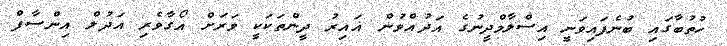
ހުތުބާގައި ބުނެފައިވަނީ އިސްލާމްދީނުގެ އަދުއްވުން ޣައިރު ދީންތަކަކީ ވަރަށް އޯގާވެރި އަދުލް އިންސާފް